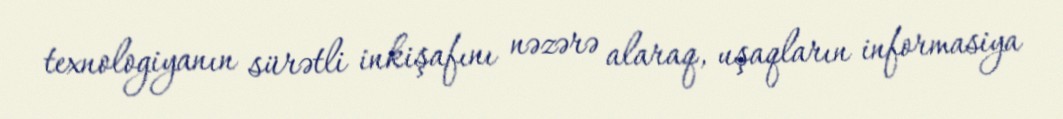
texnologiyanın sürətli inkişafını nəzərə alaraq, uşaqların informasiya